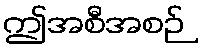
ဤအစီအစဉ်